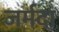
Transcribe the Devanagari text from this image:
जर्मदा